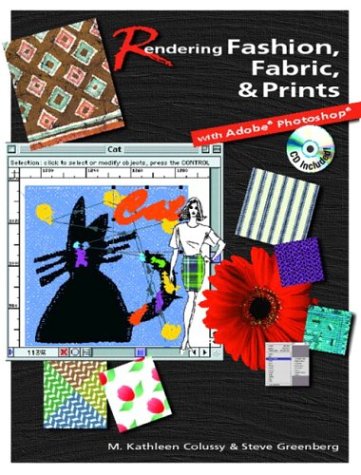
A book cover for Rendering Fashion, Fabric and Prints with Adobe Photoshop; M. Kathleen Colussy; Computers & Technology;